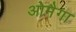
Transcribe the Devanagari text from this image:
ओमैगा